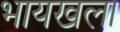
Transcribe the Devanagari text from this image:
भायखला